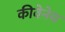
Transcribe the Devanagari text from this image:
कीवेनेय